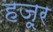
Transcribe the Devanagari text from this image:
हज़ूर